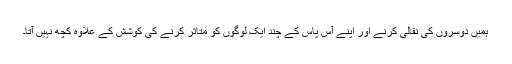
ہمیں دوسروں کی نقالی کرنے اور اپنے آس پاس کے چند ایک لوگوں کو متاثر کرنے کی کوشش کے علاوہ کچھ نہیں آتا۔